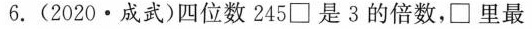
6.(2020·成武)四位数245□是3的倍数，□里最